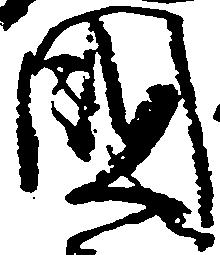
国